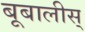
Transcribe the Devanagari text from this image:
बूबालीस्